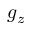
g _ { z }